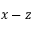
x - z